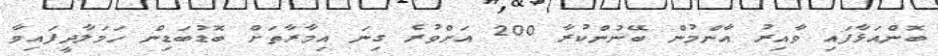
ބޮންއަޅާފައި ވާއިރު އާންމުން ބޭނުންކުރާ 200 އަށްވުރެ ގިނަ އިމާރާތަށް ބޮޑުބަޑިން ހަމަލާދީފައިވާ